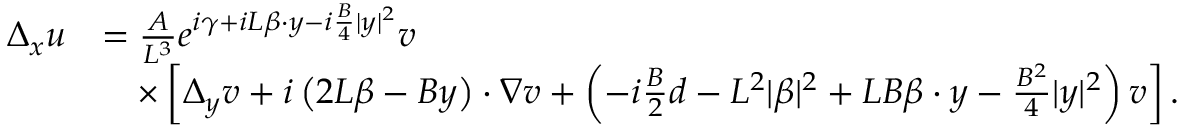
\begin{array} { r l } { \Delta _ { x } u } & { = \frac { A } { L ^ { 3 } } e ^ { i \gamma + i L \beta \cdot y - i \frac { B } { 4 } | y | ^ { 2 } } v } \\ & { \quad \times \left[ \Delta _ { y } v + i \left( 2 L \beta - B y \right) \cdot \nabla v + \left( - i \frac { B } { 2 } d - L ^ { 2 } | \beta | ^ { 2 } + L B \beta \cdot y - \frac { B ^ { 2 } } { 4 } | y | ^ { 2 } \right) v \right] . } \end{array}